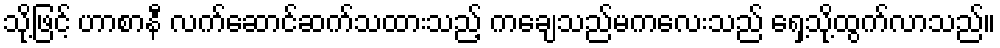
သို့ဖြင့် ဟာစာနီ လက်ဆောင်ဆက်သထားသည့် ကချေသည်မကလေးသည် ရှေ့သို့ထွက်လာသည်။